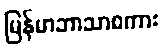
မြန်မာဘာသာစကား